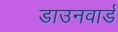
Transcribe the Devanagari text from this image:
डाउनवार्ड